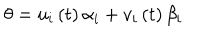
\theta = u _ { i } \left( t \right) \alpha _ { i } + v _ { i } \left( t \right) \beta _ { i }